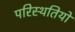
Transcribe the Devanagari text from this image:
परिस्‍थतियों